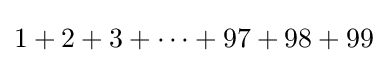
1+2+3+\cdots +97+98+99